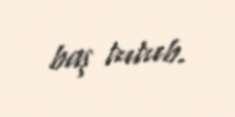
baş tutub.